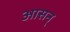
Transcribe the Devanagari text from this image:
आसन्